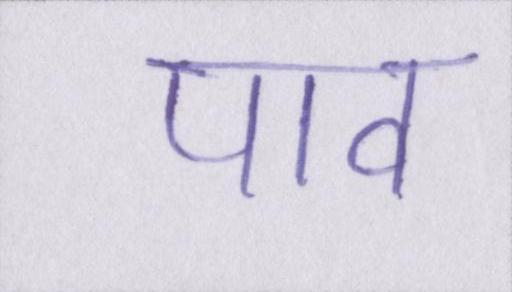
पाव